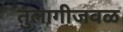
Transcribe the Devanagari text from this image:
तुलागीजवळ